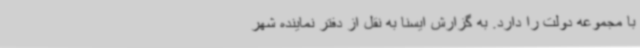
با مجموعه دولت را دارد. به گزارش ایسنا به نقل از دفتر نماینده شهر